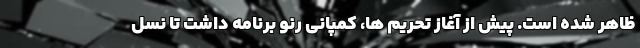
ظاهر شده است. پیش از آغاز تحریم ها، کمپانی رنو برنامه داشت تا نسل